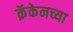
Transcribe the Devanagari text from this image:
क्रॅकेनच्या